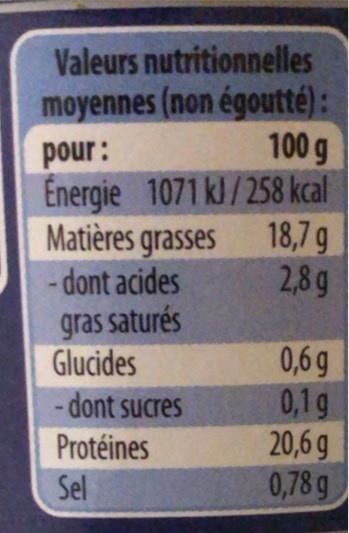
Valeurs nutritionnelles
moyennes (non égoutté):
100 g
pour: Energie 1071 kJ/258 kcal Matières grasses -dont acides gras saturés Glucides - dont sucres
18,7g 2,8g
0,6g 0,1g 20,6 g 0,78 g
Protéines
Sel